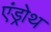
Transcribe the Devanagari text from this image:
एंड्रोथ